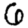
Digit: 6